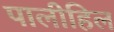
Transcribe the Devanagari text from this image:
पालीहिल